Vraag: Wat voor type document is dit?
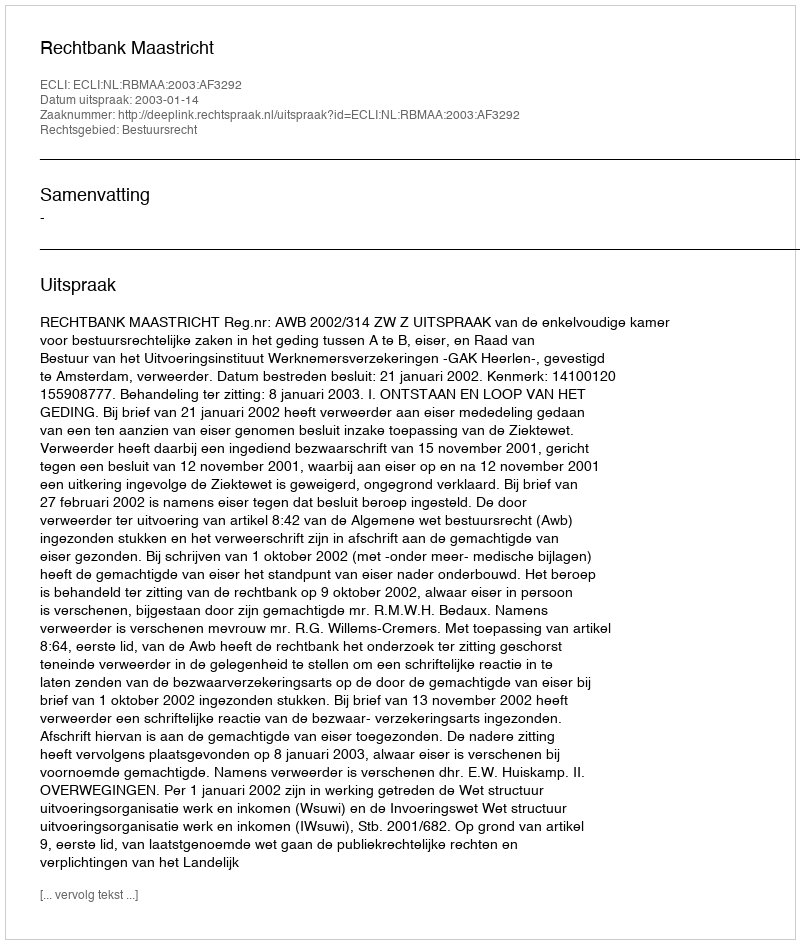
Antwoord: Uitspraak